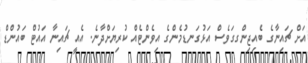
އަށް ޗައިނާގެ ބެއިޖިންގގަވެސް އަޅުގަނޑުމެންގެ އިވެންޓެއް ކުރިޔަށްދާނެ. އެއީ ޗައިނާ އައުޓް ބައުންޑް